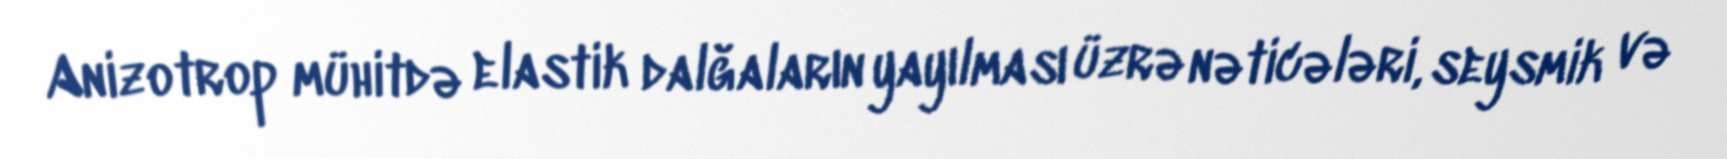
Anizotrop mühitdə elastik dalğaların yayılması üzrə nəticələri, seysmik və